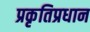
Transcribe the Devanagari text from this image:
प्रकृतिप्रधान